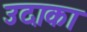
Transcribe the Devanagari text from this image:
उदाका